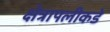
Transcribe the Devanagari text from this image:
क्षेत्रापलीकडे